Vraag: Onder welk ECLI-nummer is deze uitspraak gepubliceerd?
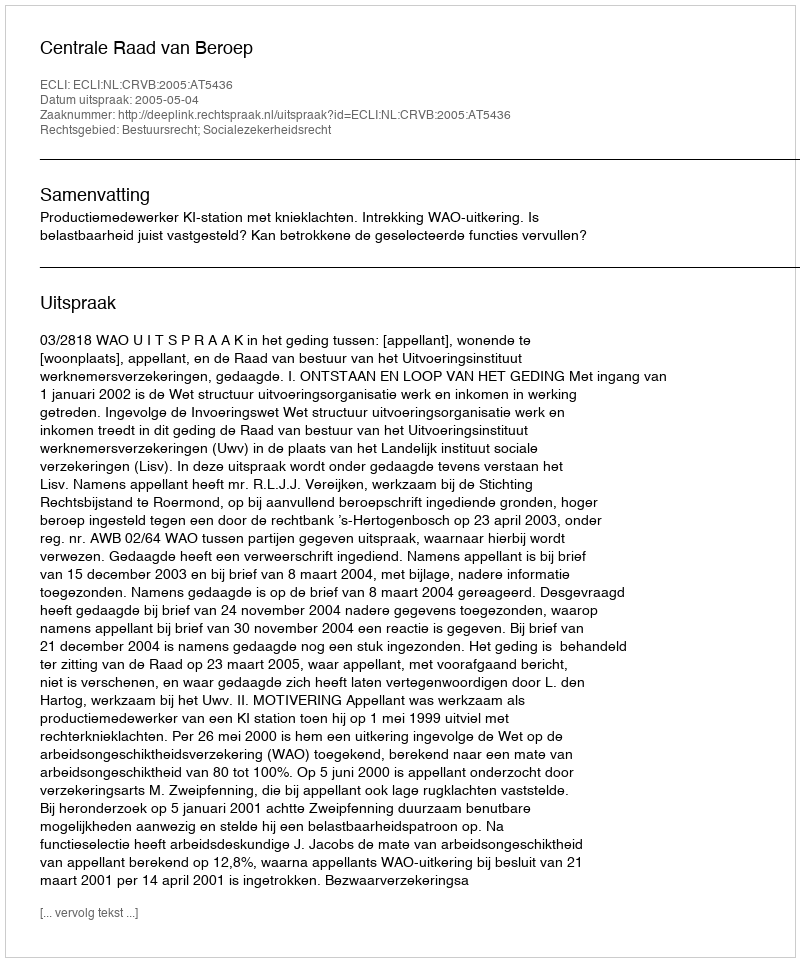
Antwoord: ECLI:NL:CRVB:2005:AT5436